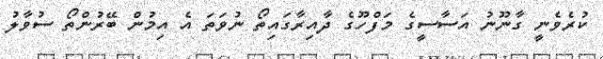
ކުރެވެނީ ގާނޫނު އަސާސީގެ މަފްހޫގެ ދާއިރާގައިތޯ ނުވަތަ އެ އިމުން ބޭރުންތޯ ސުވާލު